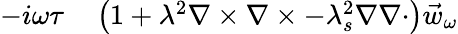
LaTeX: \begin{array}{rl}{-i\omega\tau}&{{}\left(1+\lambda^{2}\nabla\times\nabla\times-\lambda_{s}^{2}\nabla\nabla\cdot\right)\vec{w}_{\omega}}\end{array}